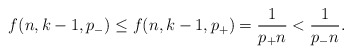
\begin{align*}f(n,k-1,p_-) \le f(n,k-1,p_+) = \frac {1}{p_+ n} < \frac {1}{p_- n}.\end{align*}